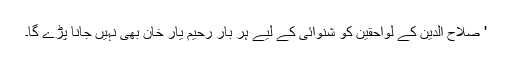
' صلاح الدین کے لواحقین کو شنوائی کے لیے ہر بار رحیم یار خان بھی نہیں جانا پڑے گا۔